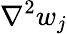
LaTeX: {\nabla}^{2}w_{j}